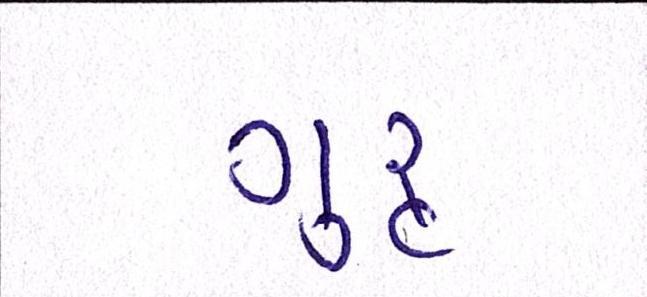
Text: ગુરૃ